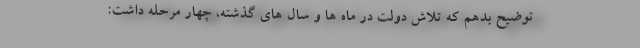
توضیح بدهم که تلاش دولت در ماه ها و سال های گذشته، چهار مرحله داشت: